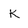
Character: k